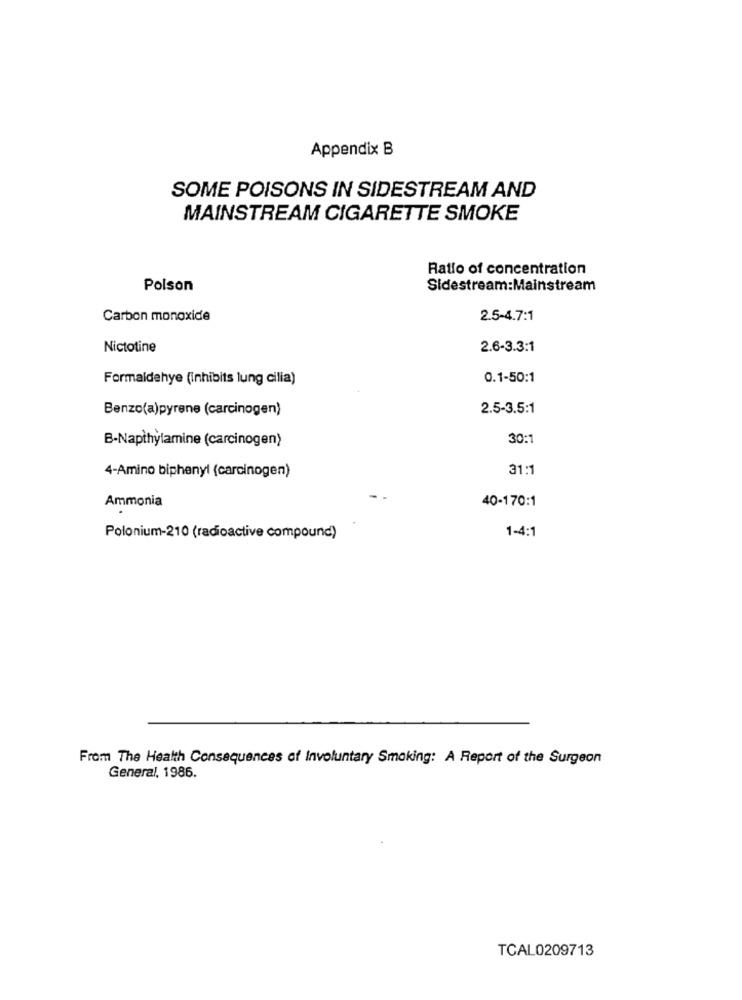
Appendix B
SOME POISONS IN SIDESTREAM AND
MAINSTREAM CIGARETTE SMOKE
Ratio of concentration
Polson
Sidestream:Mainstream
Carbon monoxide
2.5-4.7:1
Nictotine
2.6-3.3:1
Formaldehye (Inhibits lung cilia)
0.1-50:1
Benzo(a)pyrene (carcinogen)
2.5-3.5:1
B-Napthylamine (carcinogen)
30:1
4-Amino biphenyl (carcinogen)
31:1
Ammonia
40-170:1
1-4:1
Polonium-210 (radioactive compound)
From The Health Consequences of Involuntary Smoking: A Report of the Surgeon
General, 1986.
TCAL0209713